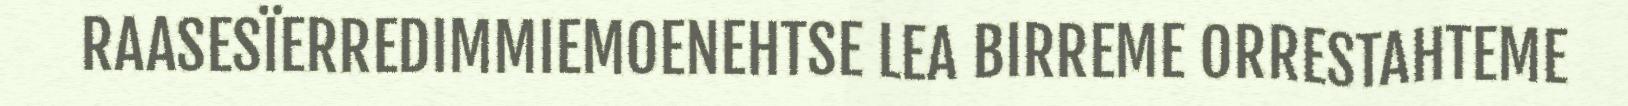
RAASESÏERREDIMMIEMOENEHTSE LEA BIRREME ORRESTAHTEME